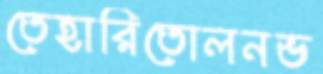
তেহারিতোলনভ